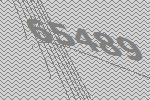
65489